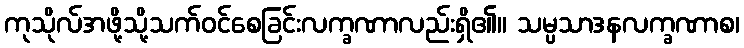
ကုသိုလ်အဖို့သို့သက်ဝင်စေခြင်းလက္ခဏာလည်းရှိ၏။ သမ္ပသာဒနလက္ခဏာစ၊